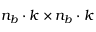
n _ { b } \cdot k \times n _ { b } \cdot k